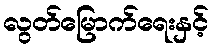
လွတ်မြောက်ရေးနှင့်